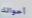
أحوالك